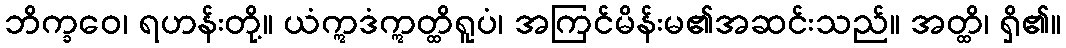
ဘိက္ခဝေ၊ ရဟန်းတို့။ ယံဣဒံဣတ္ထိရူပံ၊ အကြင်မိန်းမ၏အဆင်းသည်။ အတ္ထိ၊ ရှိ၏။